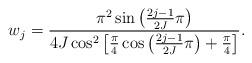
LaTeX: \begin{align*}w_j = \frac{\pi^2\sin\left(\frac{2j-1}{2J}\pi\right)}{4J\cos^2\left[\frac{\pi}{4}\cos\left(\frac{2j-1}{2J}\pi\right)+\frac{\pi}{4}\right]}.\end{align*}